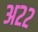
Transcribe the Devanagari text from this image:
अ२२